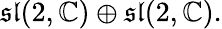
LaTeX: {\mathfrak{sl}}(2,\mathbb{C})\oplus{\mathfrak{sl}}(2,\mathbb{C}).